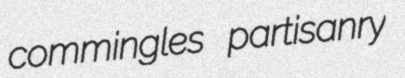
commingles partisanry